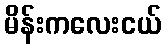
မိန်းကလေးငယ်